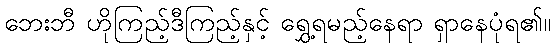
ဘေးဘီ ဟိုကြည့်ဒီကြည့်နှင့် ရွှေ့ရမည့်နေရာ ရှာနေပုံရ၏။